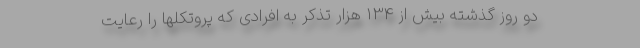
دو روز گذشته بیش از 134 هزار تذکر به افرادی که پروتکلها را رعایت